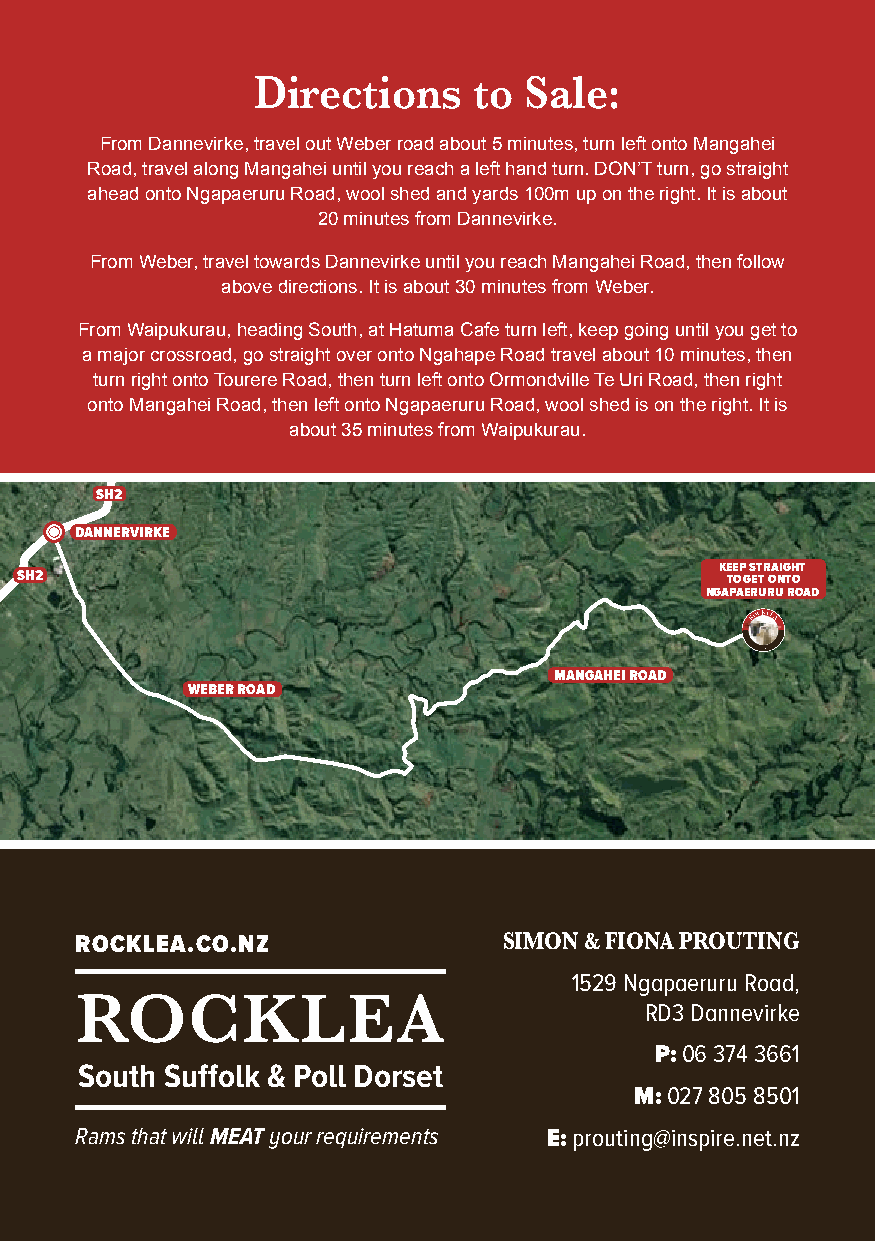
Directions    to  Sale:
 From Dannevirke, travel out Weber road about 5 minutes, turn left onto Mangahei
 Road, travel along Mangahei until you reach a left hand turn. DON’T turn, go straight
 ahead onto Ngapaeruru Road, wool shed and yards 100m up on the right. It is about
 20 minutes from Dannevirke.
 From Weber, travel towards Dannevirke until you reach Mangahei Road, then follow
 above directions. It is about 30 minutes from Weber.
 From Waipukurau, heading South, at Hatuma Cafe turn left, keep going until you get to
 a major crossroad, go straight over onto Ngahape Road travel about 10 minutes, then
 turn right onto Tourere Road, then turn left onto Ormondville Te Uri Road, then right
 onto Mangahei Road, then left onto Ngapaeruru Road, wool shed is on the right. It is
 about 35 minutes from Waipukurau.
 SH2
 DANNERVIRKE
 KEEP STRAIGHT
 SH2                                            TO GET ONTO
 NGAPAERURU ROAD
 MANGAHEI ROAD
 WEBER ROAD
 ROCKLEA.CO.NZ               SIMON & FIONA PROUTING
 1529 Ngapaeruru Road,
 ROCKLEA                               RD3 Dannevirke
 P: 06 374 3661
 South Suffolk & Poll Dorset
 M: 027 805 8501
 Rams that will MEAT your requirements E: prouting@inspire.net.nz